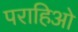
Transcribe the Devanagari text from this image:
पराहिओ